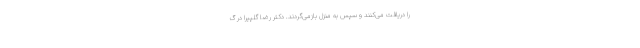
را دریافت می‌کنند و سپس به منزل بازمی‌گردند. دکتر رضا گلپیرا در گ